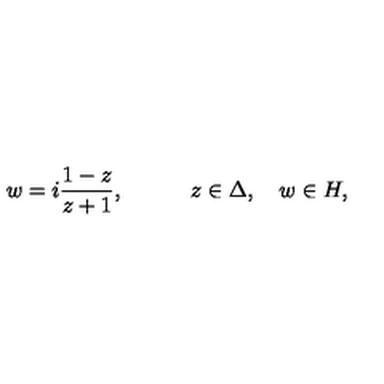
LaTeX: w = i { \frac { 1 - z } { z + 1 } } , \quad \qquad z \in \Delta , \quad w \in H ,